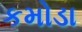
કમોડા